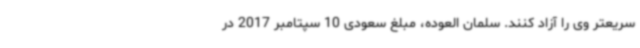
سریعتر وی را آزاد کنند. سلمان العوده، مبلغ سعودی 10 سپتامبر 2017 در